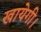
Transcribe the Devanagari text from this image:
खायेगी।